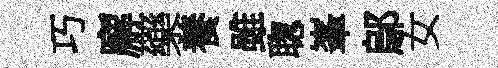
巧廨藥養雖聦峯鄔女